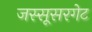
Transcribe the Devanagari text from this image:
जस्सूसरगेट